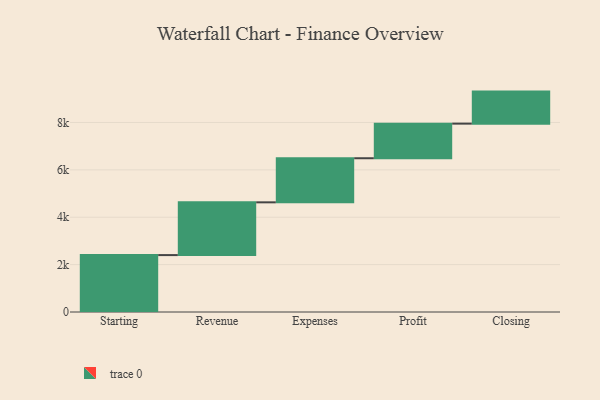
{"axis": {"x": "Step", "y": "Value"}, "legend": [""], "data": [{"x": "Starting", "y": 2402.0, "type": ""}, {"x": "Revenue", "y": 2227.0, "type": ""}, {"x": "Expenses", "y": 1861.0, "type": ""}, {"x": "Profit", "y": 1461.0, "type": ""}, {"x": "Closing", "y": 1352.0, "type": ""}]}